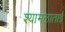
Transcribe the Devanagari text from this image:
श्यामलाताई